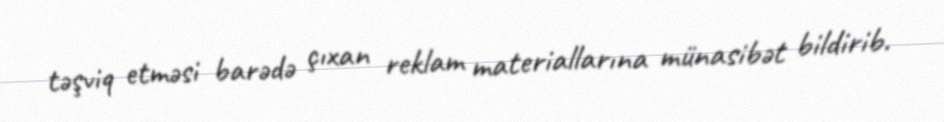
təşviq etməsi barədə çıxan reklam materiallarına münasibət bildirib.